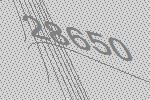
28650